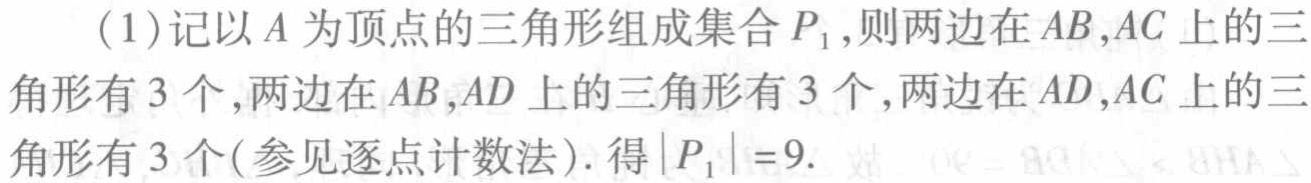
(1)记以\(A\)为顶点的三角形组成集合\(P_1\)，则两边在\(AB,AC\)上的三角形有\(3\)个，两边在\(AB,AD\)上的三角形有\(3\)个，两边在\(AD,AC\)上的三角形有\(3\)个(参见逐点计数法). 得\(\vert P_1\vert = 9\).